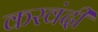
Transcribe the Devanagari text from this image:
करवंदी